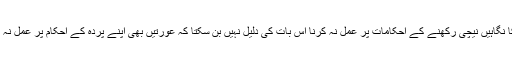
مرد کا نگاہیں نیچی رکھنے کے احکامات پر عمل نہ کرنا اس بات کی دلیل نہیں بن سکتا کہ عورتیں بھی اپنے پردہ کے احکام پر عمل نہ کریں۔